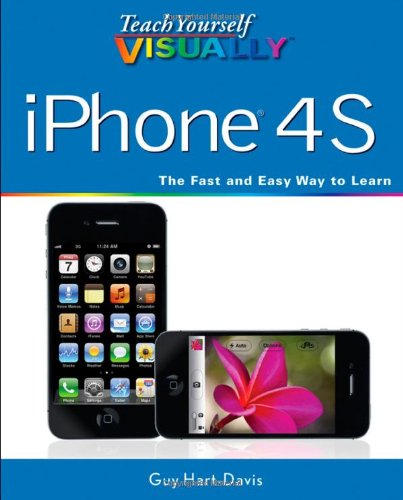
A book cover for Teach Yourself VISUALLY iPhone 4S; Guy Hart-Davis; Computers & Technology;